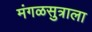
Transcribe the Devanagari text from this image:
मंगळसुत्राला